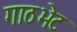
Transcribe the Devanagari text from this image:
गाठभेट